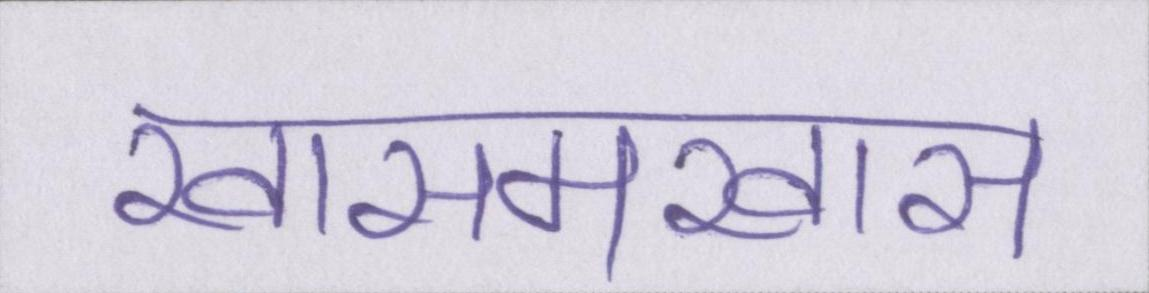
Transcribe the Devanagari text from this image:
खासमखास